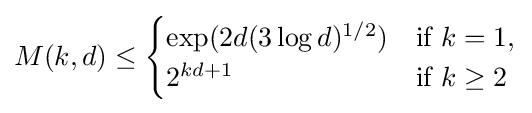
M(k,d)\leq {\begin{cases}\exp(2d(3\log d)^{1/2})&{\text{if }}k=1,\\2^{kd+1}&{\text{if }}k\geq 2\end{cases}}